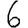
Digit: 6